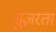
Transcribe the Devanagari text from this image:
ग़ुज़रता